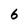
Character: 6